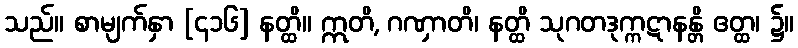
သည်။ စာမျက်နှာ [၄၁၆] နတ္ထိ။ ဣတိ, ဂဏှာတိ၊ နတ္ထိ သုဂတဒုက္ကဋာနန္တိ ဧတ္ထ၊ ၌။